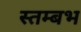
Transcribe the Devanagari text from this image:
स्तम्बभ